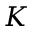
K